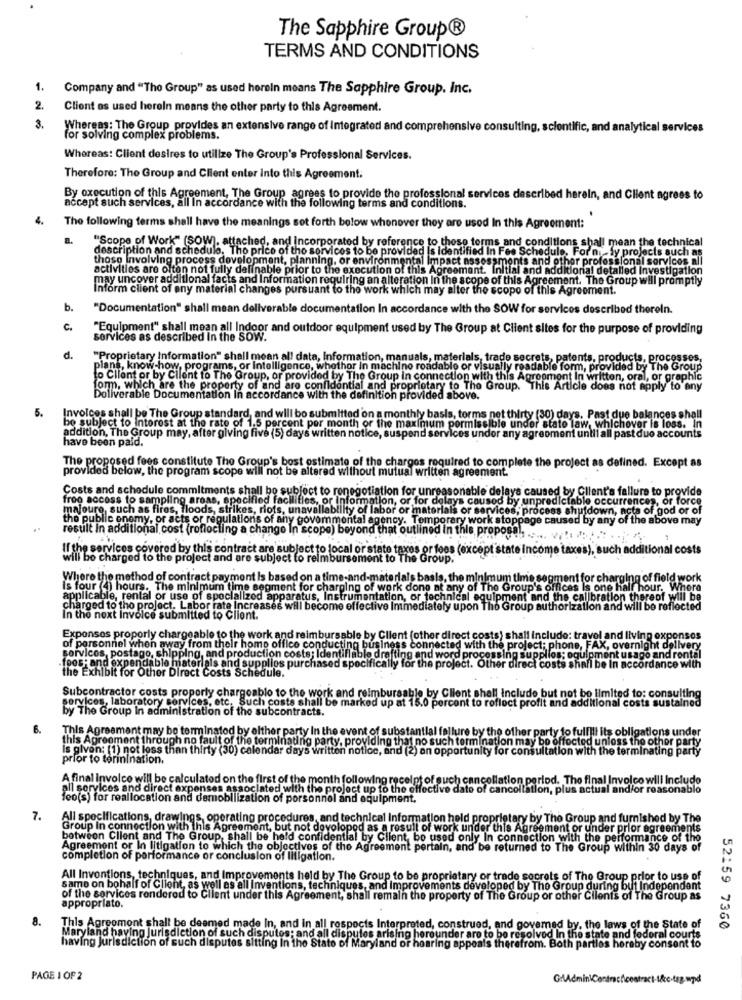
The Sapphire Group®
TERMS AND CONDITIONS
1.
Company and "The Group" as used herein means The Sapphire Group, Inc.
2.
Client os used herein means the other party to this Agreement.
3.
Whereas: The Group provides an extensive range of Integratedi and comprehensive consulting, scientific, and analytical services
for solving complex problems.
Whereas: Client desires to utilize The Group's Professional Services.
Therefore: The Group and Client enter Into this Agreement.
By execution of this Agreement, The Group agrees to provide the professional services described herein, and Client agrees to
accept such services, all In accordance with the following terms and conditions.
4.
The following terms shall have the meanings set forth below whenever they are used In this Agreement:
"Scope of Work" (SOW), attached, and incorporated by reference to those terms and conditions shall mean the technical
description and schedule. The price of the services to be provided is identified In Fee Schedule, For mu- fy projects such as
those involving process development, planning, or environmental Impact assessments and other professional services all
activities are often not fully definable prior to the execution of this Agreement. Initial and additional detalled Investigation
may uncover additional facts and Information requiring an alteration In the scope of this Agreement. The Group will promptly
Inform client of any material changes pursuant to the work which may alter the scope of this Agreement.
b.
"Documentation" shall mean deliverable documentation In accordance with the SOW for services described thereln.
C.
"Equipment" shall mean all Indoor and outdoor equipment used by The Group at Client sites for the purpose of providing
services as described In the SOW.
d.
"Proprietary Information" shall mean all data, Information, manuals, materials, trade secrets, patents, products, processes,
plant, know-how, programs, or Intelligence, whether in machine readable or visually readable form, provided by The Group
to Client or by Cilent to The Group, or provided by The Group In connection with this Agreement In written, oral, or graphic
form, which are the property of and are confidential and proprietary to The Group. This Article does not apply to any
Doliverable Documentation In accordance with the definition provided above.
5.
Invoices shall be The Group standard, and will be submitted on a monthly basis, torms net thirty (30) days. Past due balances shall
be subject to interest at the rate of 1.5 percent per month or the maximum permissible under state law, whichover is loss. In
have been paid.
addition, The Group may, after giving five (5) days written notice, suspend services under any agreement untilall past due accounts
The proposed fees constitute The Group's bost ostimate of the charges required to complete the project as defined. Except as
provided below, the program scope will not be altered without mutual written agreement.
Costs and schedule commitments shall be subject to ronegotiation for unreasonable delays caused by Client's failure to provide
froo access to sampling areas, specified facilities, or Information, or for delays caused by unpredictable occurrences, or force
majoure, such as fires, floods, strikes, riots, unavallability of labor or materials or services, process shutdown, acta of god or of
the public enemy, or acts or regulations of any govommontal agency. Temporary work stoppage caused by any of the above may
result In additional cost (reflecting a change In scope) beyond that outlined in this proposal. ..... v.": " ... "
If the services covered by this contract are subject to local or state taxes or fees (except state income taxes), such additional costs
ill be charged to the project and are subject to reimbursement to The Group.
Where the method of contract payment Is based
Jon a time-and-materia
Is bas!
for ch
of field work
Is four (4) hours. The minimum time segment for charging of work
dong a
applicable, rental or use of specialized apparatus, Instrumentation, or technical equipment and the calibration thereof will be
oment and the calibration thereof will be
charged to the project. Labor rate Increases will become effective Immediately upon Tho Group authorization and will be reflected
In the next Invoice submitted to Client.
Expenses proporly chargeable to the work and reimbursable by Client (other direct costs) shall include: travel and living exponsos
of personnel when away from their home office conducting business connected with the project; phone, FAX, overnight delivery
phone, FAX, o
services, postago, shipping, and production costs; Identifiable drafting and word proces
or the
supplios: ogu
foos; and expendable materials and supplies purchased specifically for the project. Other direct costs shall be In accordance with
foosHand expendable materials and supplies purchased specific
ject. C
act costs she
the Exhibit for Other Direct Costs Schedule.
Subcontractor costs properly chargeable to the work and reimbursable by Client shall include but not be limited to: consulting
by The Group In administration of the subcontracts.
, laboratory services, etc. Such costs shall be marked up at 15.0 percent to reflect profit and additional costs sustained
6.
This Agreement may be terminated by either party In the event of substantial fallure by the other party to fulfill its obligations under
this Agreement through no fault of the terminating party, providing that no such termination may be effected unless the other party
is given: (1) not less than thirty (30) calendar days written notice, and (2) an opportunity for consultation with the terminating party
prior to torinination.
A final Invoice will be calculated on the first of the month following receipt of such cancellation period. The final Invoice will Include
all services and direct expenses associated with the project up to the effective date of cancellation, plus actual and/or reasonable
feo(s) for reallocation and demobilization of porsonnel and equipment.
7.
All specifications, drawings, operating procedures, and technical Information held proprietary by The Group and furnished by The
Group In connection with this Agreement, but not dovolopod as a result of work under this Agreement or under prior agreements
between Client and The Group, shall be held confidential by Client be used only In connection with the performance of the
Agreement or In litigation to which the objectives of the Agreement pertain, and be returned to The Group within 30 days of
completion of performance or conclusion of litigation.
All Invontions, techniques, and Improvements held by The Group to be proprietary or trade secrets of The Group prior to use of
samo on bohalf of Client, as well as all Inventions, techniques, and improvements developed by The Group during but Independent
of the services rendered to Client under this Agreement, shall remain the property of The Group or other Clients of The Group as
appropriato.
8.
This Agreement shall be deemed made In, and in all respects Interpreted, construed, and governed by, the laws of the State of
52159 7360
Maryland having jurisdiction of such disputes; and all disputes arising hereunder are to be resolved In the state and federal courts
having Jurisdiction of such disputes sitting in the State of Maryland or hearing appeals therefrom. Both parties hereby consent to
PAGE 1 OF 2